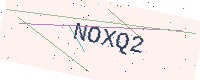
Text: NOXQ2